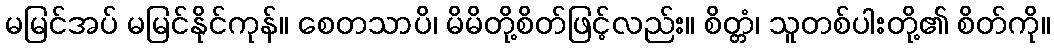
မမြင်အပ် မမြင်နိုင်ကုန်။ စေတသာပိ၊ မိမိတို့စိတ်ဖြင့်လည်း။ စိတ္တံ၊ သူတစ်ပါးတို့၏ စိတ်ကို။